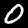
Digit: 0